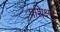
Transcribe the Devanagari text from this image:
प्रशिक्ष्ण